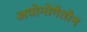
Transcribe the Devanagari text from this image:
अपोनोगेतोन